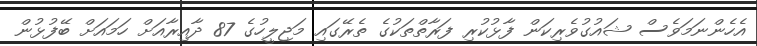
އެހެންނަމަވެސް ޝައުގުވެރިކަން ފާޅުކުރި ފަރާތްތަކުގެ ތެރޭގައި މަޖިލީހުގެ 87 ދާއިރާއަށް ހަމައަށް ބޭފުޅުން